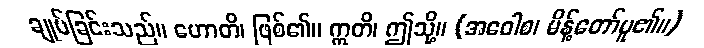
ချုပ်ခြင်းသည်။ ဟောတိ၊ ဖြစ်၏။ ဣတိ၊ ဤသို့။ (အဝေါစ၊ မိန့်တော်မူ၏။)